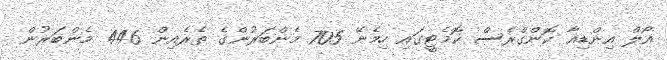
އޯލް އިންޑިއާ ކޮންގްރެސް ކޮމެޓީގައި ހިމެނޭ 705 މެންބަރުންގެ ތެރެއިން 446 މެންބަރުން